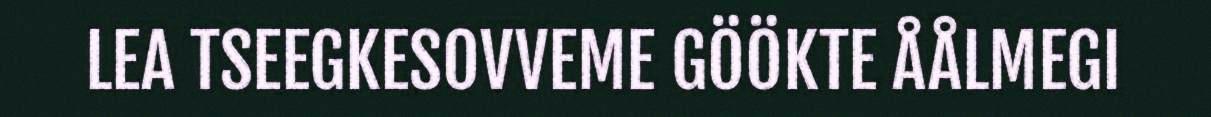
LEA TSEEGKESOVVEME GÖÖKTE ÅÅLMEGI